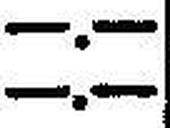
—.—